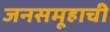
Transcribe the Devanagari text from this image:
जनसमूहाची